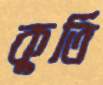
কুর্তি